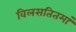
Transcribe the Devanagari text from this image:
विलसतितमां